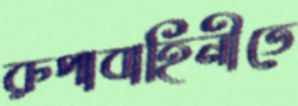
রুপাবাহিনীতে